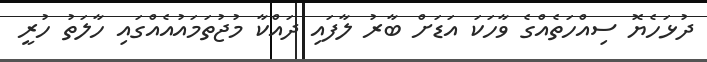
ދުޅަހެޔޮ ސިއްހަތެއްގެ ވާހަކަ އަޑަށް ބާރު ލާފައި ދައްކާ މުޖުތަމައުއެއްގައި ހާލަތު ހުރީ